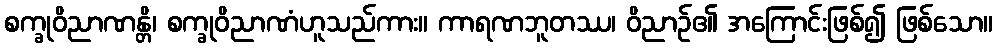
စက္ခုဝိညာဏန္တိ၊ စက္ခုဝိညာဏံဟူသည်ကား။ ကာရဏဘူတဿ၊ ဝိညာဉ်၏ အကြောင်းဖြစ်၍ ဖြစ်သော။